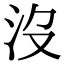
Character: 沒